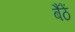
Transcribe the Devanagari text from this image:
बैंठें